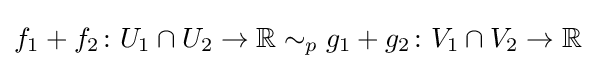
f_{1}+f_{2}\colon U_{1}\cap U_{2}\to \mathbb {R} \sim _{p}g_{1}+g_{2}\colon V_{1}\cap V_{2}\to \mathbb {R}